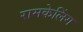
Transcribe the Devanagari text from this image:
रामकेलिंग